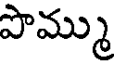
పొమ్ము